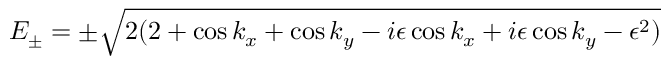
E _ { \pm } = \pm \sqrt { 2 ( 2 + \cos k _ { x } + \cos k _ { y } - i \epsilon \cos k _ { x } + i \epsilon \cos k _ { y } - \epsilon ^ { 2 } ) }